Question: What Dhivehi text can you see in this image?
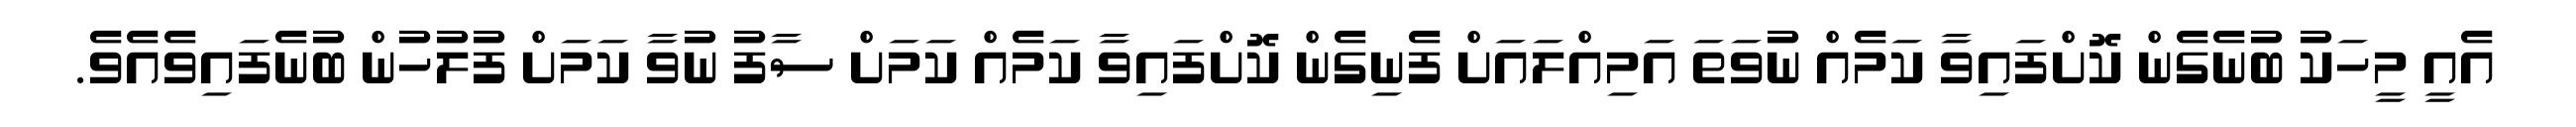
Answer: އެއީ މީހަކު ބުނެގެން ކޮށްފައިވާ ކަމެއް ނުވަތަ އަމިއްލައަށް ފެނިގެން ކޮށްފައިވާ ކަމެއް ކަމަށް ސާފު ނުވާ ކަމަށް ފުލުހުން ބުނެފައިވެއެވެ.